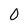
Character: 0